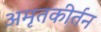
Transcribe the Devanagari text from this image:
अमृतकीर्तन